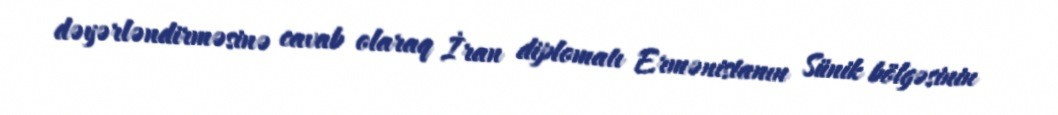
dəyərləndirməsinə cavab olaraq İran diplomatı Ermənistanın Sünik bölgəsinin